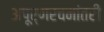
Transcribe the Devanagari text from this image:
अपूर्णरचनांतरी